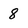
Character: 8